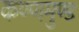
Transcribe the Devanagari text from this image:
कण्णमुण्ड